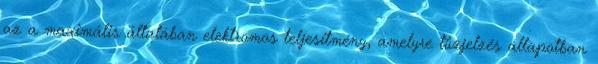
az a maximális általában elektromos teljesítmény, amelyre tûzjelzés állapotban